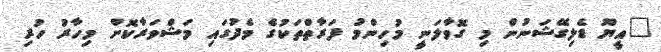
"އީޔޫ ޑެލިގޭޝަނުން މި ގޮވާލަނީ މުހިންމު ފަރާތްތަކުގެ މެދުގައި މަޝްވަރާކޮށް މިހާރު ހުރި